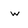
Character: w